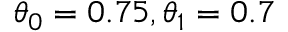
\theta _ { 0 } = 0 . 7 5 , \theta _ { 1 } = 0 . 7